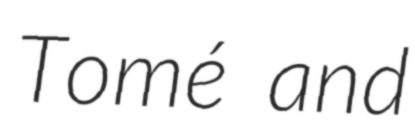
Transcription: Tomé and